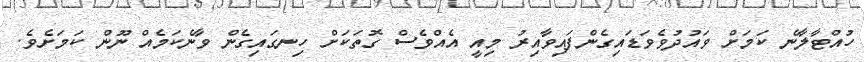
ހުއްޓާލާނެ ކަމަށް ވައުދުވެވަޑައިގެންފައިވާއިރު މިއީ އެއްވެސް ގޮތަކަށް ހިނގައިގެން ވާނެކަމެއް ނޫން ކަމަށެވެ.